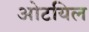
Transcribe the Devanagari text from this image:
ओटयिल